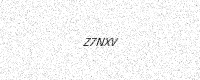
Text: Z7NXV